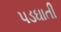
પડઘાતી